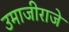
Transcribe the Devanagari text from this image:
उमाजीराजे